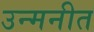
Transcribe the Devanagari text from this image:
उन्मनीत